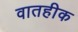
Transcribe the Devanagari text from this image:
वातहीक